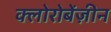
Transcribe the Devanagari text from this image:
क्लोरोबेंज़ीन